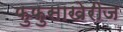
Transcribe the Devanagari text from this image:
फुफुसाखेरीज